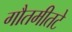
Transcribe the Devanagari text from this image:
गौतमीतटे